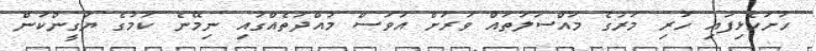
ހުށަހެޅިފައި ހުރި މަރުގެ މައްސަލަތައް ވަރަށް އަވަސް މުއްދަތެއްގައި ނިމޭނެ ކަމުގެ ޔަގީންކަން